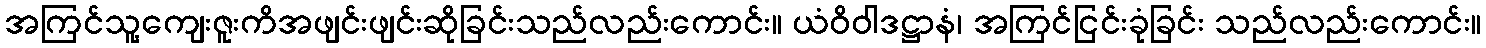
အကြင်သူ့ကျေးဇူးကိအဖျင်းဖျင်းဆိုခြင်းသည်လည်းကောင်း။ ယံဝိဝါဒဋ္ဌာနံ၊ အကြင်ငြင်းခုံခြင်း သည်လည်းကောင်း။